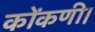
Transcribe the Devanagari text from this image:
कोंकणी।